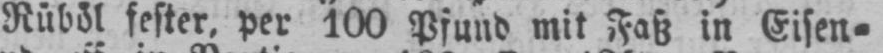
Rüböl fester, per 100 Pfund mit Faß in Eisen⸗